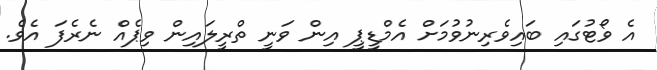
އެ ވޯޓުގައި ބައިވެރިނުވުމަށް އެމްޑީޕީ އިން ވަނީ ތްރީލައިން ވިޕެއް ނެރެފަ އެވެ.